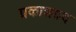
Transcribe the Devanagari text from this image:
प्रकाशप्रद